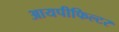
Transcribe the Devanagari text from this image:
आयपीफिल्टर